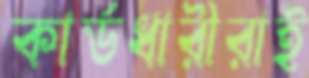
কার্ডধারীরাই